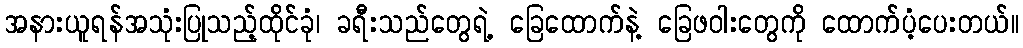
အနားယူရန်အသုံးပြုသည့်ထိုင်ခုံ၊ ခရီးသည်တွေရဲ့ ခြေထောက်နဲ့ ခြေဖဝါးတွေကို ထောက်ပံ့ပေးတယ်။